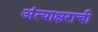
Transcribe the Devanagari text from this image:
अंत्याक्षराची